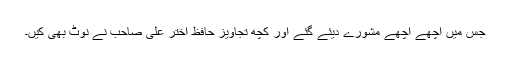
جس میں اچھے اچھے مشورے دیئے گئے اور کچھ تجاویز حافظ اختر علی صاحب نے نوٹ بھی کیں۔